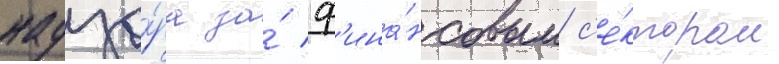
надзо́ра за́ ф'ина́нсовым с'е́ктором